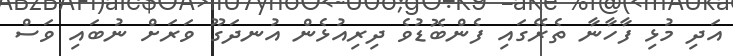
އަދި މުޅި ފާހާނާ ތެރޭގައި ފެންބޮޑުވެ ދިރިއުޅެން އުނދަގޫ ވަރަށް ނުބައި ވަސް